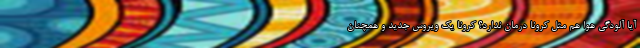
آیا آلودگی هوا هم مثل کرونا درمان ندارد؟ کرونا یک ویروس جدید و همچنان